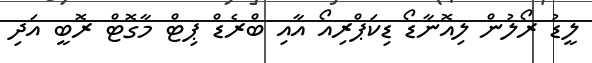
ލީޑު ރޯލުން ލިއޮނާޑޯ ޑިކަޕްރިއޯ އާއި ބްރެޑް ޕިޓް މާގޮޓް ރޮބީ އަދި